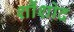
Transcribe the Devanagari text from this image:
शौंशोद